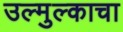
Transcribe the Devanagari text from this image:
उल्मुल्काचा